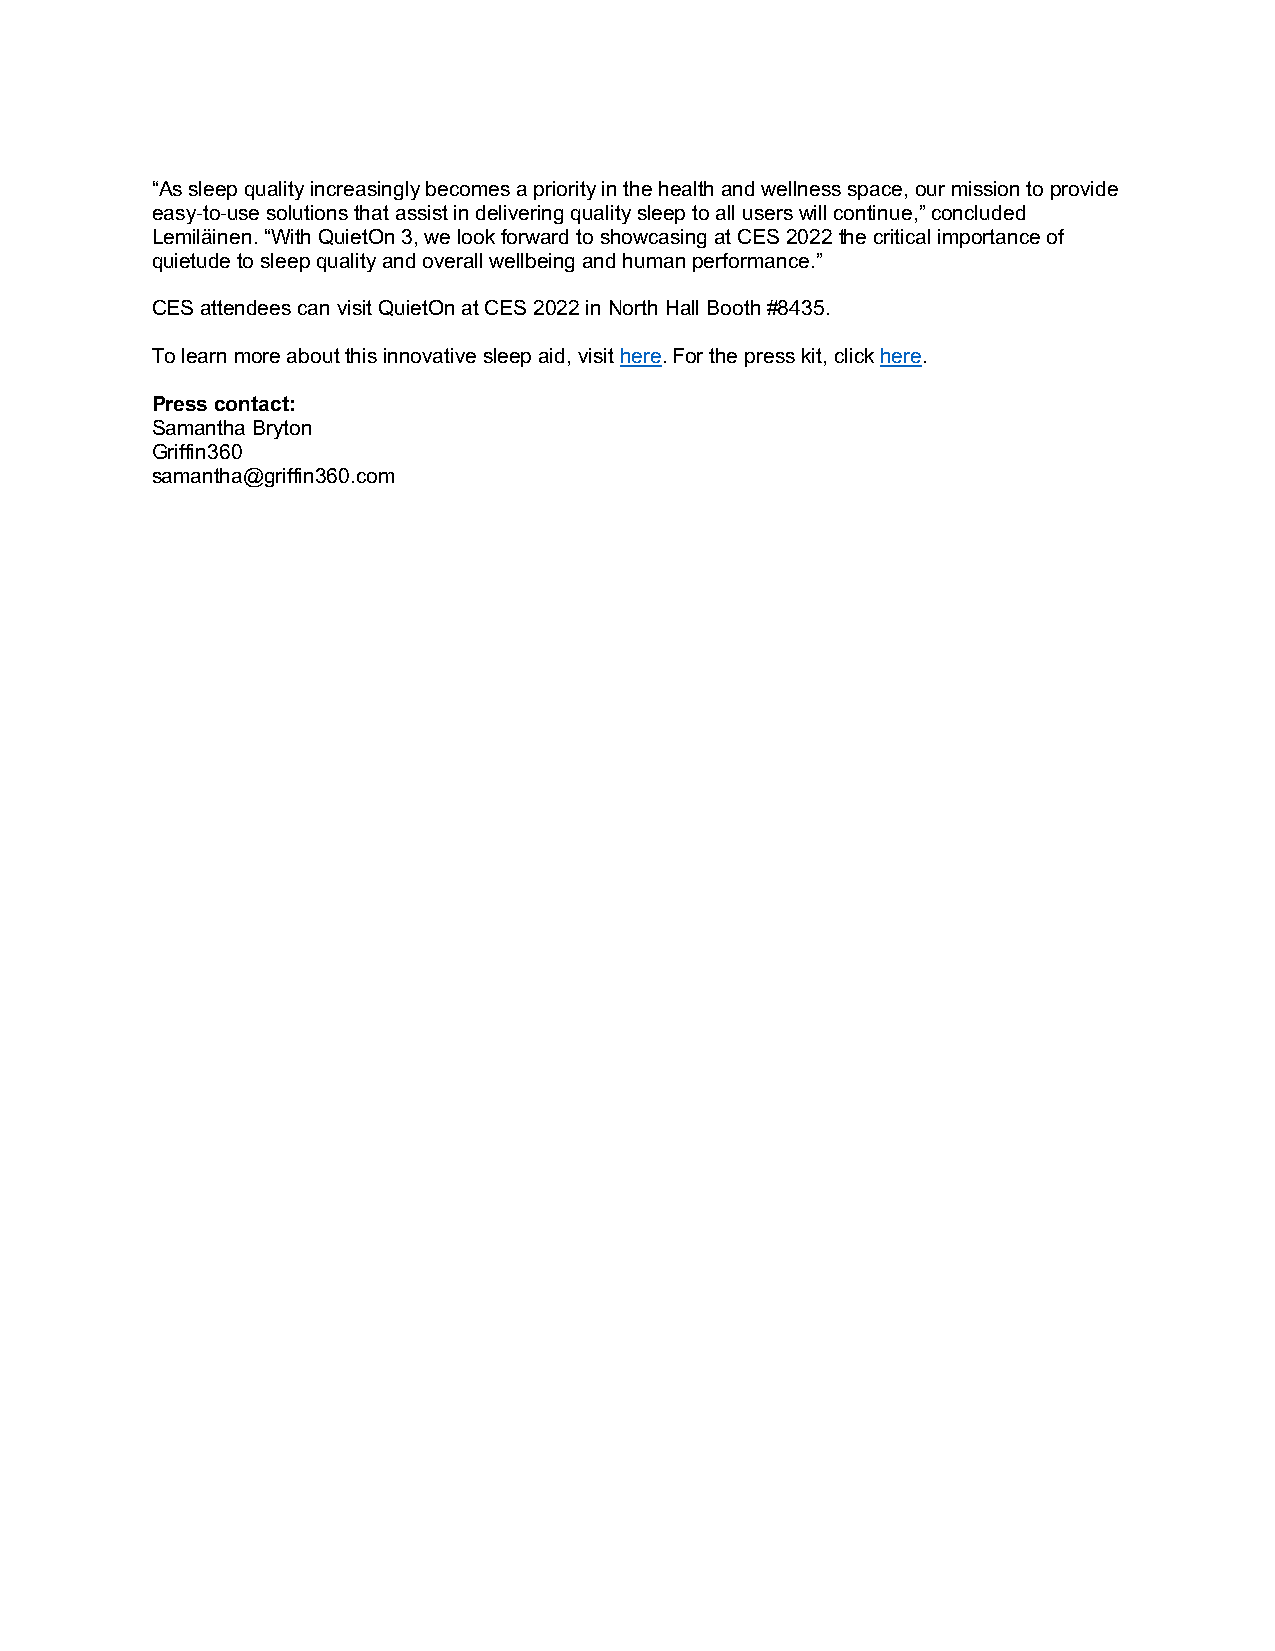
“As sleep quality increasingly becomes a priority in the health and wellness space, our mission to provide
 easy-to-use solutions that assist in delivering quality sleep to all users will continue,” concluded
 Lemiläinen. “With QuietOn 3, we look forward to showcasing at CES 2022 the critical importance of
 quietude to sleep quality and overall wellbeing and human performance.”
 CES attendees can visit QuietOn at CES 2022 in North Hall Booth #8435.
 To learn more about this innovative sleep aid, visit here. For the press kit, click here.
 Press contact:
 Samantha Bryton
 Griffin360
 samantha@griffin360.com